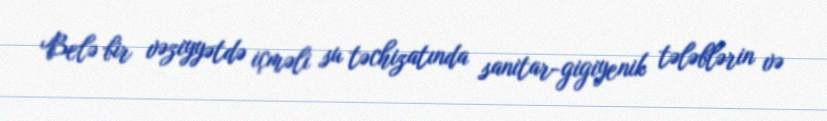
Belə bir vəziyyətdə içməli su təchizatında sanitar-gigiyenik tələblərin və